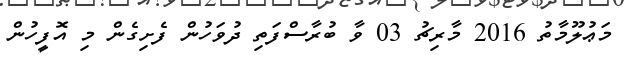
މަޢުލޫމާތު 2016 މާރިޗު 03 ވާ ބުރާސްފަތި ދުވަހުން ފެށިގެން މި އޮފީހުން